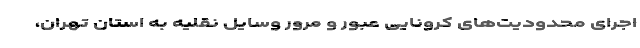
اجرای محدودیت‌های کرونایی عبور و مرور وسایل نقلیه به استان تهران،